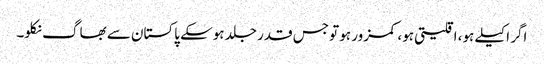
اگر اکیلے ہو، اقلیتی ہو، کمزور ہو تو جس قدر جلد ہوسکے پاکستان سے بھاگ نکلو۔